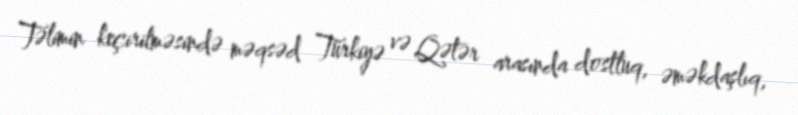
Təlimin keçirilməsində məqsəd Türkiyə və Qətər arasında dostluq, əməkdaşlıq,